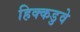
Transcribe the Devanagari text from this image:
हिक्कडुवे